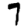
Digit: 7